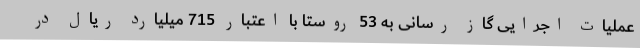
عملیات اجرایی گاز رسانی به 53 روستا با اعتبار 715 میلیارد ریال در